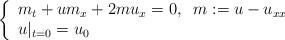
LaTeX: \begin{align*}\left\{\begin{array}{l}m_t+u m_x+2 m u_x=0,\;\;m:=u-u_{xx}\\u|_{t=0}=u_0\end{array}\right.\end{align*}